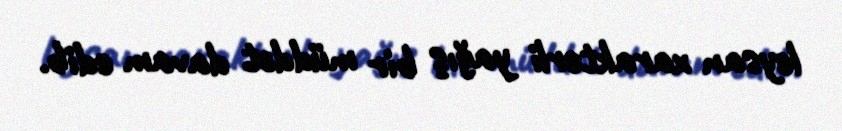
leysan xarakterli yağış bir müddət davam edib.